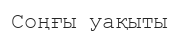
Соңғы уақыты